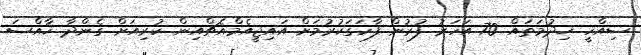
ސިއްހީ ޚިދުމަތައް 70 އަހަރު ފުރުން ފާހަގަކުރުމަށް އައިޖީއެމްއެޗްއިން ކުރިއަށް ގެންދާ ޚާއްސަ